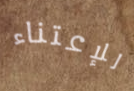
للإعتناء